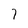
Character: 7